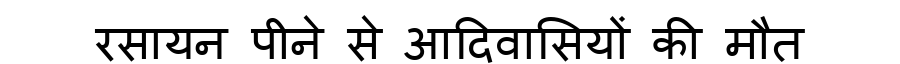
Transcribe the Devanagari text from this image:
रसायन पीने से आदिवासियों की मौत